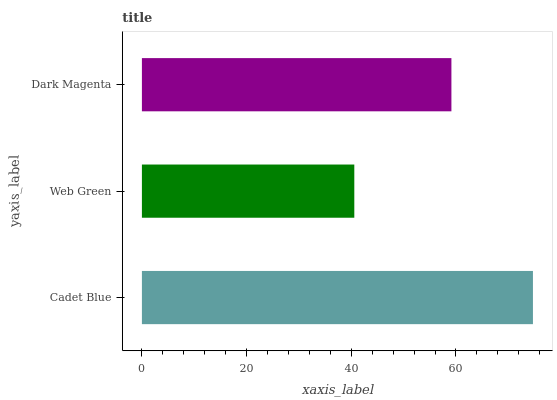
| yaxis_label | bars |
 | --- | --- |
 | Cadet Blue | 74.7 |
 | Web Green | 40.6 |
 | Dark Magenta | 59.1 |